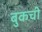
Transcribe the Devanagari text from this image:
बुकची